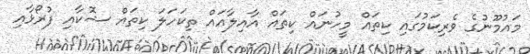
މައުމޫނުގެ ވެރިކަމުގައި ކިތައް މީހުނައް ކިތައް އާއިލާއައް ތިކަހަލަ ކިތައް ޝޮކާއި ފުރޯޅާއި